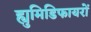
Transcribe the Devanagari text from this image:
ह्युमिडिफायरों